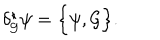
LaTeX: \delta _ { { \cal G } } ^ { \star } \psi = \Big \{ \psi , { \cal G } \Big \} .